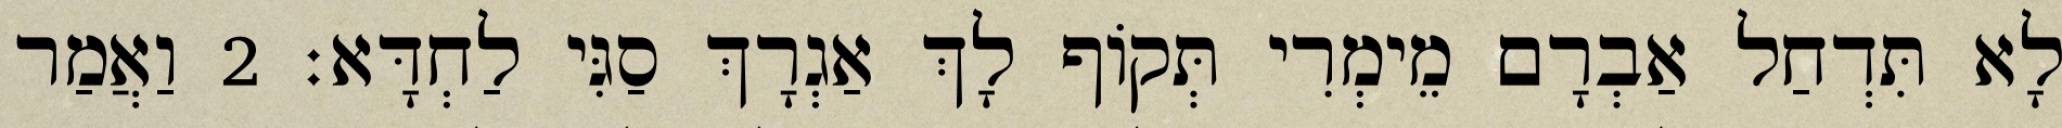
לָא תִּדְחַל אַבְרָם מֵימְרִי תְּקוֹף לָךְ אַגְרָךְ סַגִּי לַחְדָּא׃ 2 וַאֲמַר